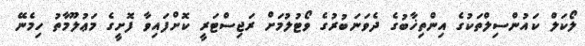
ލޯކަލް ކައުންސިލްތަކުގެ އިންތިޚާބުގެ ދެވަނަބުރުގެ ވޯޓުލުމަށް ރަޖިސްޓަރީ ކޮށްފައިވާ ފޮށީގެ މަޢުލޫމާތު ހިމެނޭ